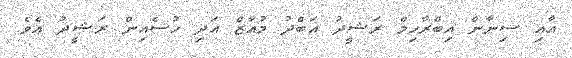
އާއި ސިނާން އިބްރާހިމް ރަޝީދު އަބްދު މުއާޒް އަދި ހުސެއިން ރަޝީދު އެވެ.